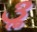
૩ૢ